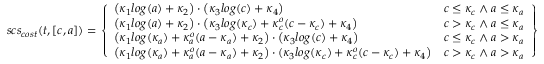
s c s _ { c o s t } ( t , [ c , a ] ) = \left. \left\{ \begin{array} { l l } { \big ( \kappa _ { 1 } l o g ( a ) + \kappa _ { 2 } \big ) \cdot \big ( \kappa _ { 3 } l o g ( c ) + \kappa _ { 4 } \big ) } & { c \leq \kappa _ { c } \wedge a \leq \kappa _ { a } } \\ { \big ( \kappa _ { 1 } l o g ( a ) + \kappa _ { 2 } \big ) \cdot \big ( \kappa _ { 3 } l o g ( \kappa _ { c } ) + \kappa _ { c } ^ { o } ( c - \kappa _ { c } ) + \kappa _ { 4 } \big ) } & { c > \kappa _ { c } \wedge a \leq \kappa _ { a } } \\ { \big ( \kappa _ { 1 } l o g ( \kappa _ { a } ) + \kappa _ { a } ^ { o } ( a - \kappa _ { a } ) + \kappa _ { 2 } \big ) \cdot \big ( \kappa _ { 3 } l o g ( c ) + \kappa _ { 4 } \big ) } & { c \leq \kappa _ { c } \wedge a > \kappa _ { a } } \\ { \big ( \kappa _ { 1 } l o g ( \kappa _ { a } ) + \kappa _ { a } ^ { o } ( a - \kappa _ { a } ) + \kappa _ { 2 } \big ) \cdot ( \kappa _ { 3 } l o g ( \kappa _ { c } ) + \kappa _ { c } ^ { o } ( c - \kappa _ { c } ) + \kappa _ { 4 } \big ) } & { c > \kappa _ { c } \wedge a > \kappa _ { a } } \end{array} \right. \right\}